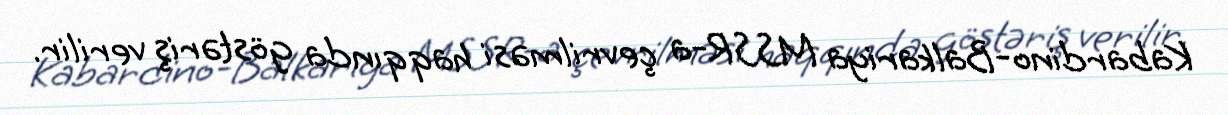
Kabardino-Balkariya MSSR-a çevrilməsi haqqında göstəriş verilir.